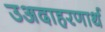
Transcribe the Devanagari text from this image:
उअदाहरणार्थ